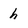
Character: h